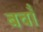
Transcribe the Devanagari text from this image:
बचाँ